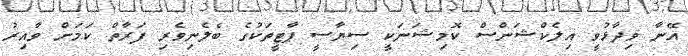
އޭނާ ވިދާޅުވީ އިލެކްޝަންސް ކޮމިޝަނަކީ ސިޔާސީ ޕާޓީތަކުގެ ބެލެނިވެރި ފަރާތް ކަމަށް ވާއިރު